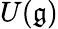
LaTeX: U({\mathfrak{g}})